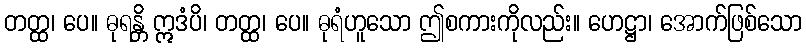
တတ္ထ၊ ပေ။ ဓုရန္တိ ဣဒံပိ၊ တတ္ထ၊ ပေ။ ဓုရံဟူသော ဤစကားကိုလည်း။ ဟေဋ္ဌာ၊ အောက်ဖြစ်သော